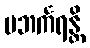
ပဘင်္ကရန္တိ